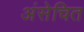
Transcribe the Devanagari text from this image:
अंसेचित